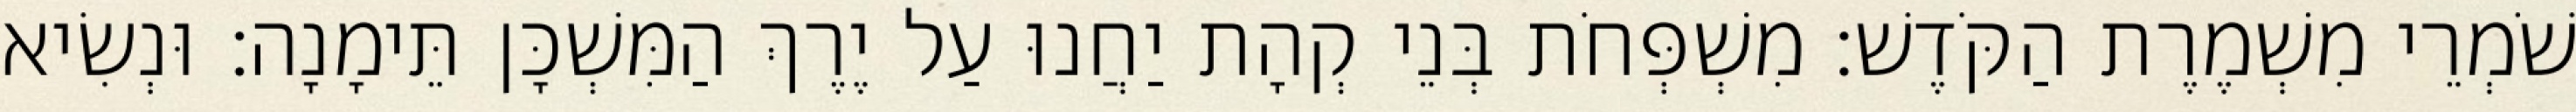
שֹׁמְרֵי מִשְׁמֶרֶת הַקֹּדֶשׁ׃ מִשְׁפְּחֹת בְּנֵי קְהָת יַחֲנוּ עַל יֶרֶךְ הַמִּשְׁכָּן תֵּימָנָה׃ וּנְשִׂיא